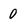
Character: 0